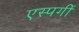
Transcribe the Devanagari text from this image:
एस्पर्गी